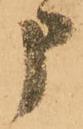
申